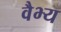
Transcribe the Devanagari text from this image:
वैभ्य